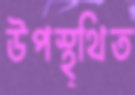
উপস্থ্থিত